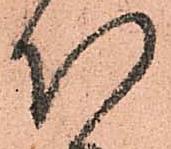
以